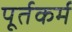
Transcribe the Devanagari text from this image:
पूर्तकर्म